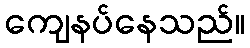
ကျေနပ်နေသည်။